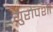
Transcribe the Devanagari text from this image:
युरोपशी